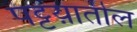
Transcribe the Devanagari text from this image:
पट्टय़ातील